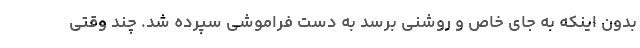
بدون اینکه به جای خاص و روشنی برسد به دست فراموشی سپرده شد. چند وقتی